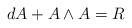
LaTeX: \begin{align*}dA+A\wedge A=R\end{align*}